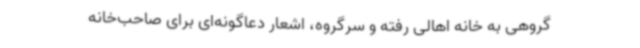
گروهی به خانه اهالی رفته و سرگروه، اشعار دعاگونه‌ای برای صاحب‌خانه